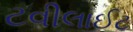
ટવીલાઈટ